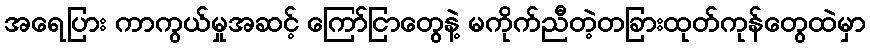
အရေပြား ကာကွယ်မှုအဆင့် ကြော်ငြာတွေနဲ့ မကိုက်ညီတဲ့တခြားထုတ်ကုန်တွေထဲမှာ